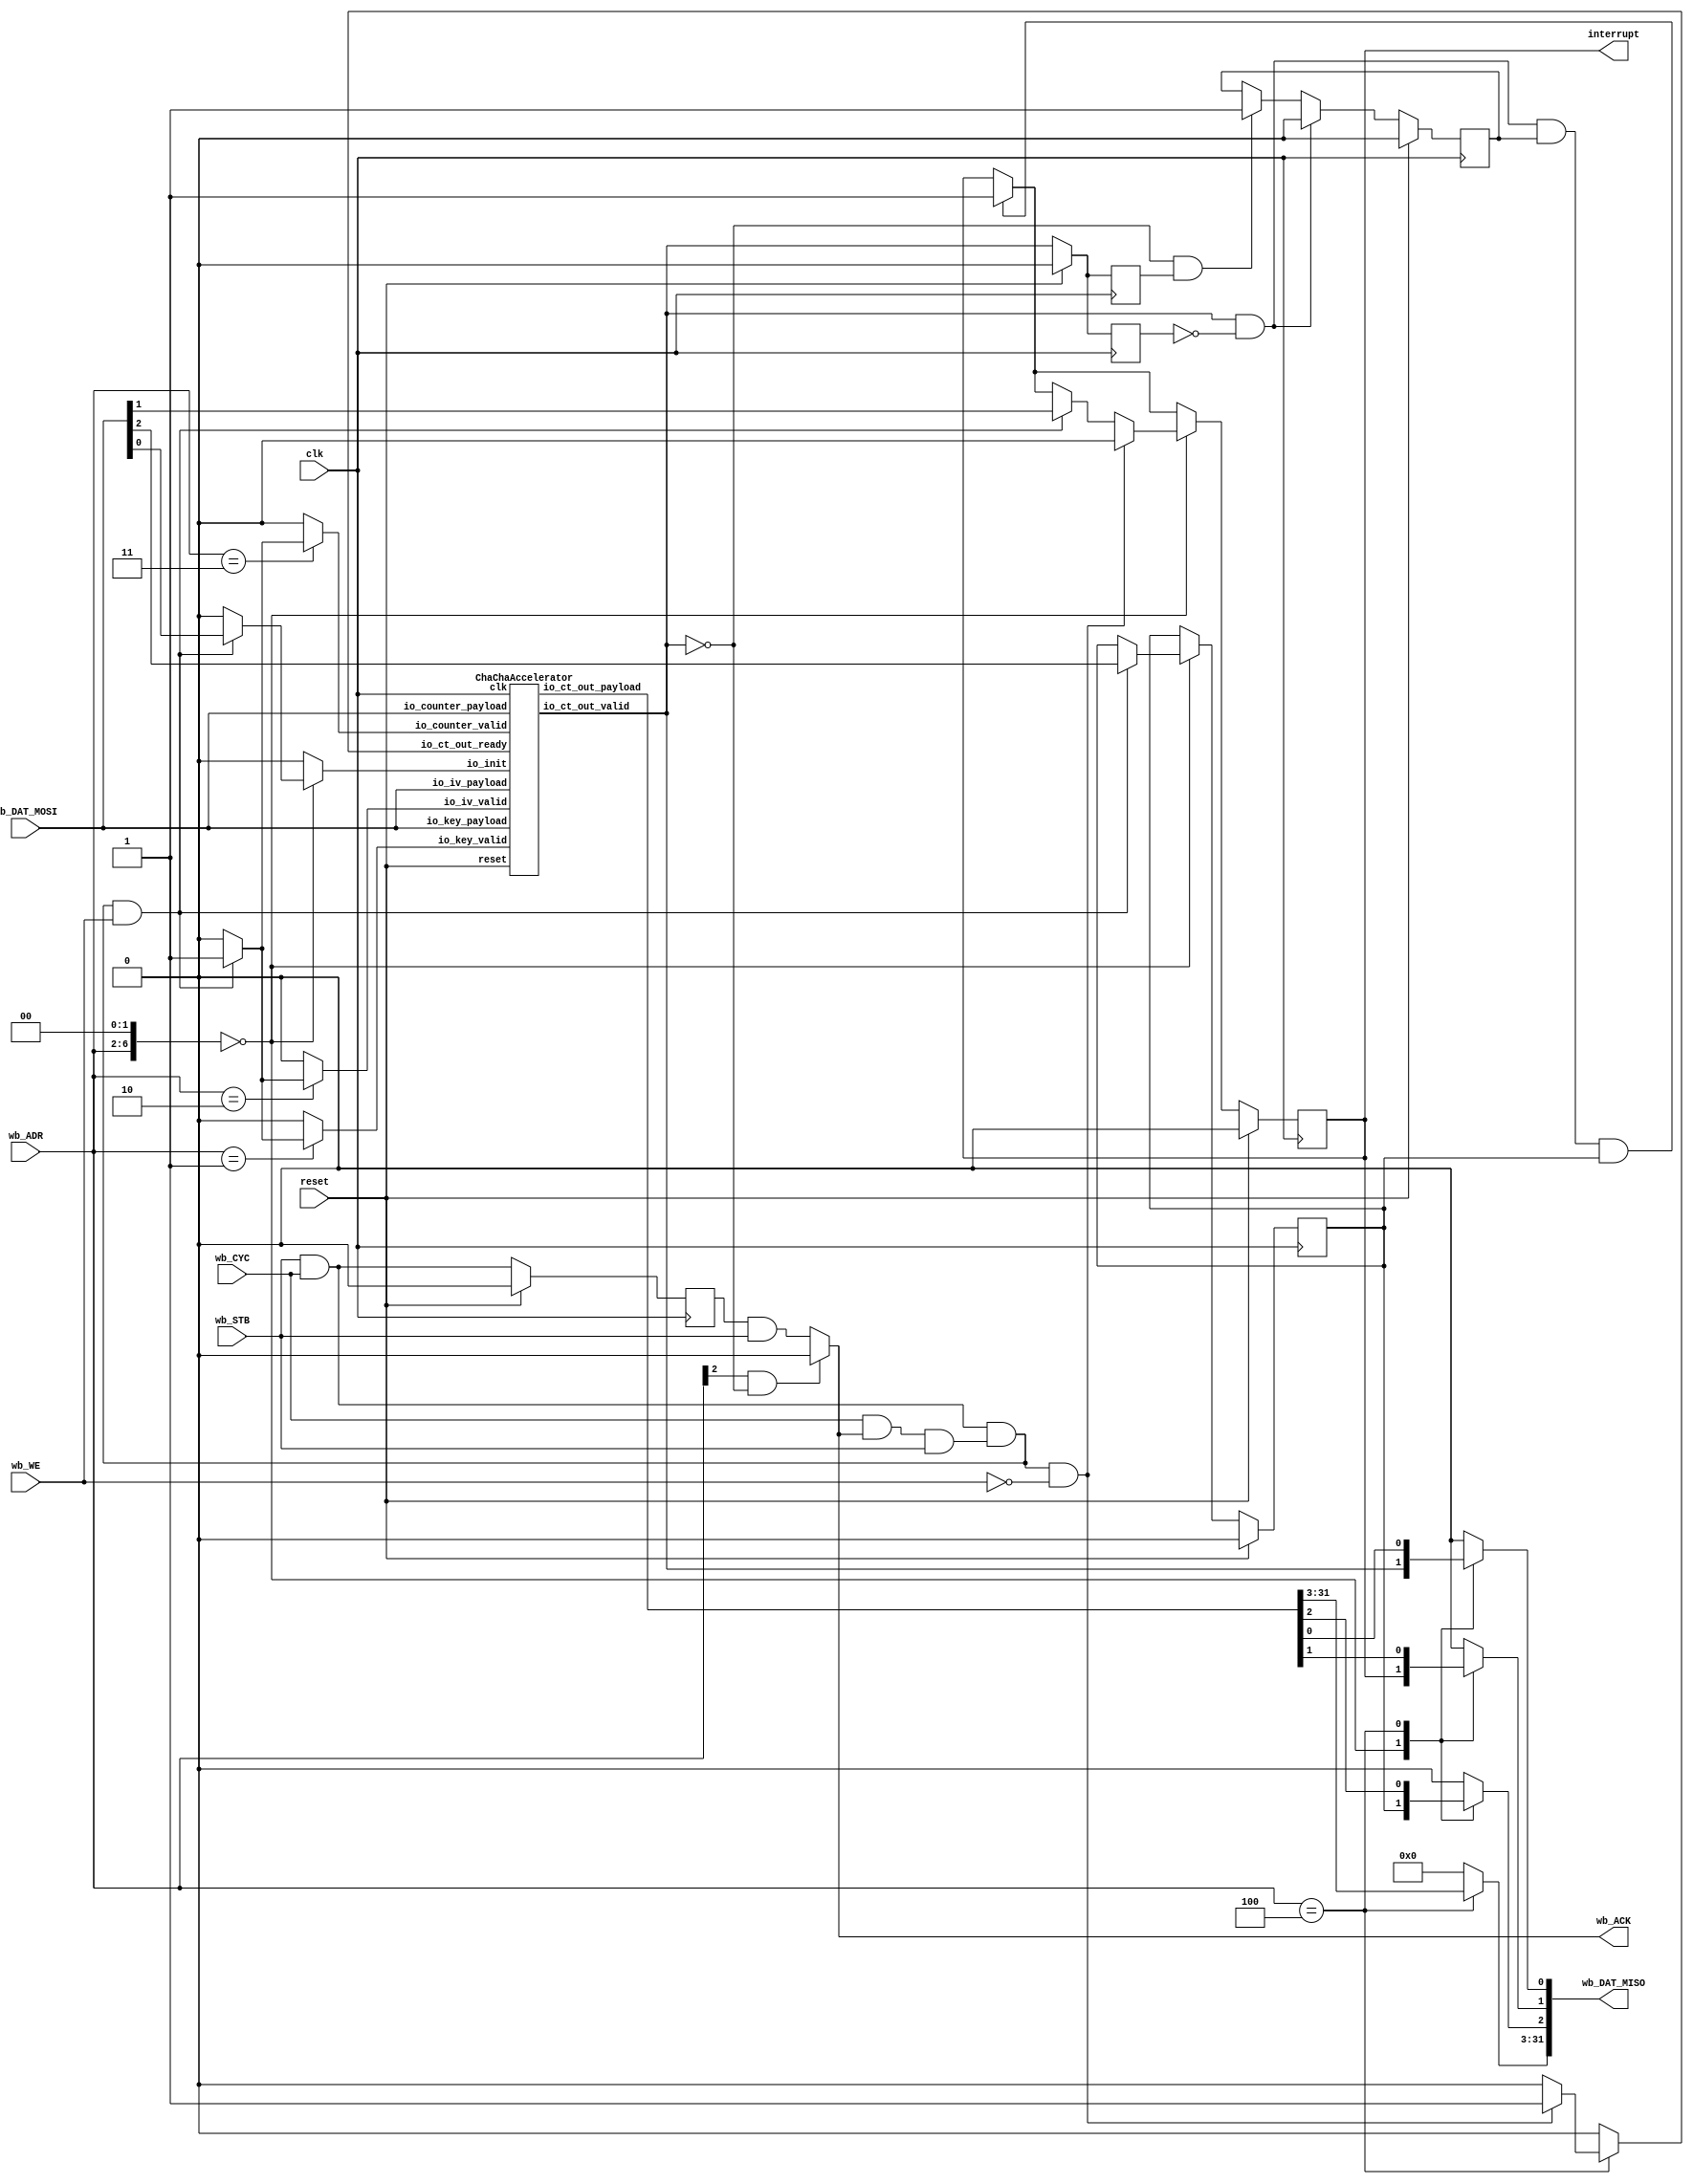
// Generator : SpinalHDL v1.4.3    git head : adf552d8f500e7419fff395b7049228e4bc5de26
// Component : chacha_wb_accel
// Git hash  : c8cf2a7efb61c79d843b5d8ae10155aae0935ec2

`timescale 1ns/1ps 
`define fsm_enumDefinition_binary_sequential_type [2:0]
`define fsm_enumDefinition_binary_sequential_fsm_BOOT 3'b000
`define fsm_enumDefinition_binary_sequential_fsm_CYCLE 3'b001
`define fsm_enumDefinition_binary_sequential_fsm_PERMUTE 3'b010
`define fsm_enumDefinition_binary_sequential_fsm_TOODD 3'b011
`define fsm_enumDefinition_binary_sequential_fsm_TOEVEN 3'b100


module chacha_wb_accel (
  input               wb_CYC,
  input               wb_STB,
  output reg          wb_ACK,
  input               wb_WE,
  input      [4:0]    wb_ADR,
  output reg [31:0]   wb_DAT_MISO,
  input      [31:0]   wb_DAT_MOSI,
  output              interrupt,
  input               clk,
  input               reset
);
  wire       [31:0]   _zz_5;
  wire       [31:0]   _zz_6;
  wire       [31:0]   _zz_7;
  reg                 _zz_8;
  wire                accel_io_ct_out_valid;
  wire       [31:0]   accel_io_ct_out_payload;
  wire       [0:0]    _zz_9;
  wire       [0:0]    _zz_10;
  wire       [0:0]    _zz_11;
  wire                slaveFactory_askWrite;
  wire                slaveFactory_askRead;
  wire                slaveFactory_doWrite;
  wire                slaveFactory_doRead;
  reg                 _zz_1;
  wire       [6:0]    slaveFactory_byteAddress;
  reg                 bridge_interruptEnable;
  reg                 bridge_interruptPending;
  reg                 bridge_busy;
  reg                 accel_io_ct_out_valid_regNext;
  wire                bridge_gettingReady;
  reg                 accel_io_ct_out_valid_regNext_1;
  reg                 _zz_2;
  reg                 _zz_3;
  reg                 _zz_4;
  reg                 bridge_readCT;
  wire                bridge_blockRead;

  assign _zz_9 = wb_DAT_MOSI[0 : 0];
  assign _zz_10 = wb_DAT_MOSI[1 : 1];
  assign _zz_11 = wb_DAT_MOSI[2 : 2];
  ChaChaAccelerator accel (
    .io_key_valid          (_zz_2                          ), //i
    .io_key_payload        (_zz_5[31:0]                    ), //i
    .io_iv_valid           (_zz_3                          ), //i
    .io_iv_payload         (_zz_6[31:0]                    ), //i
    .io_counter_valid      (_zz_4                          ), //i
    .io_counter_payload    (_zz_7[31:0]                    ), //i
    .io_init               (_zz_8                          ), //i
    .io_ct_out_valid       (accel_io_ct_out_valid          ), //o
    .io_ct_out_ready       (bridge_readCT                  ), //i
    .io_ct_out_payload     (accel_io_ct_out_payload[31:0]  ), //o
    .clk                   (clk                            ), //i
    .reset                 (reset                          )  //i
  );
  always @ (*) begin
    wb_DAT_MISO = 32'h0;
    case(slaveFactory_byteAddress)
      7'h0 : begin
        wb_DAT_MISO[0 : 0] = accel_io_ct_out_valid;
        wb_DAT_MISO[1 : 1] = bridge_interruptPending;
        wb_DAT_MISO[2 : 2] = bridge_interruptEnable;
      end
      7'h10 : begin
        wb_DAT_MISO[31 : 0] = accel_io_ct_out_payload;
      end
      default : begin
      end
    endcase
  end

  assign slaveFactory_askWrite = ((wb_CYC && wb_STB) && wb_WE);
  assign slaveFactory_askRead = ((wb_CYC && wb_STB) && (! wb_WE));
  assign slaveFactory_doWrite = (((wb_CYC && wb_STB) && ((wb_CYC && wb_ACK) && wb_STB)) && wb_WE);
  assign slaveFactory_doRead = (((wb_CYC && wb_STB) && ((wb_CYC && wb_ACK) && wb_STB)) && (! wb_WE));
  always @ (*) begin
    wb_ACK = (_zz_1 && wb_STB);
    if(bridge_blockRead)begin
      wb_ACK = 1'b0;
    end
  end

  assign slaveFactory_byteAddress = ({2'd0,wb_ADR} <<< 2);
  assign bridge_gettingReady = (accel_io_ct_out_valid && (! accel_io_ct_out_valid_regNext));
  always @ (*) begin
    _zz_8 = 1'b0;
    case(slaveFactory_byteAddress)
      7'h0 : begin
        if(slaveFactory_doWrite)begin
          _zz_8 = _zz_9[0];
        end
      end
      default : begin
      end
    endcase
  end

  always @ (*) begin
    _zz_2 = 1'b0;
    case(slaveFactory_byteAddress)
      7'h04 : begin
        if(slaveFactory_doWrite)begin
          _zz_2 = 1'b1;
        end
      end
      default : begin
      end
    endcase
  end

  always @ (*) begin
    _zz_3 = 1'b0;
    case(slaveFactory_byteAddress)
      7'h08 : begin
        if(slaveFactory_doWrite)begin
          _zz_3 = 1'b1;
        end
      end
      default : begin
      end
    endcase
  end

  always @ (*) begin
    _zz_4 = 1'b0;
    case(slaveFactory_byteAddress)
      7'h0c : begin
        if(slaveFactory_doWrite)begin
          _zz_4 = 1'b1;
        end
      end
      default : begin
      end
    endcase
  end

  always @ (*) begin
    bridge_readCT = 1'b0;
    case(slaveFactory_byteAddress)
      7'h10 : begin
        if(slaveFactory_doRead)begin
          bridge_readCT = 1'b1;
        end
      end
      default : begin
      end
    endcase
  end

  assign bridge_blockRead = (slaveFactory_byteAddress[4] && (! accel_io_ct_out_valid));
  assign interrupt = bridge_interruptPending;
  assign _zz_5 = wb_DAT_MOSI[31 : 0];
  assign _zz_6 = wb_DAT_MOSI[31 : 0];
  assign _zz_7 = wb_DAT_MOSI[31 : 0];
  always @ (posedge clk) begin
    if(reset) begin
      _zz_1 <= 1'b0;
      bridge_interruptEnable <= 1'b0;
      bridge_interruptPending <= 1'b0;
      bridge_busy <= 1'b0;
      accel_io_ct_out_valid_regNext <= 1'b0;
      accel_io_ct_out_valid_regNext_1 <= 1'b0;
    end else begin
      _zz_1 <= (wb_STB && wb_CYC);
      accel_io_ct_out_valid_regNext <= accel_io_ct_out_valid;
      if(((bridge_gettingReady && bridge_busy) && bridge_interruptEnable))begin
        bridge_interruptPending <= 1'b1;
      end
      accel_io_ct_out_valid_regNext_1 <= accel_io_ct_out_valid;
      if(((! accel_io_ct_out_valid) && accel_io_ct_out_valid_regNext_1))begin
        bridge_busy <= 1'b1;
      end
      if(bridge_gettingReady)begin
        bridge_busy <= 1'b0;
      end
      case(slaveFactory_byteAddress)
        7'h0 : begin
          if(slaveFactory_doWrite)begin
            bridge_interruptPending <= _zz_10[0];
            bridge_interruptEnable <= _zz_11[0];
          end
          if(slaveFactory_doRead)begin
            bridge_interruptPending <= 1'b0;
          end
        end
        default : begin
        end
      endcase
    end
  end


  initial begin
    $dumpfile("chacha_wb_accel.fst");
    $dumpvars(0, chacha_wb_accel);
  end

endmodule

module ChaChaAccelerator (
  input               io_key_valid,
  input      [31:0]   io_key_payload,
  input               io_iv_valid,
  input      [31:0]   io_iv_payload,
  input               io_counter_valid,
  input      [31:0]   io_counter_payload,
  input               io_init,
  output              io_ct_out_valid,
  input               io_ct_out_ready,
  output     [31:0]   io_ct_out_payload,
  input               clk,
  input               reset
);
  reg        [31:0]   _zz_1;
  wire       [31:0]   permutation_io_state_out;
  wire                permutation_io_ready;
  wire                _zz_2;
  wire                _zz_3;
  wire                _zz_4;
  wire       [0:0]    _zz_5;
  wire       [3:0]    _zz_6;
  wire       [0:0]    _zz_7;
  wire       [31:0]   _zz_8;
  wire       [0:0]    _zz_9;
  wire       [31:0]   _zz_10;
  wire       [1:0]    _zz_11;
  wire       [31:0]   consts_0;
  wire       [31:0]   consts_1;
  wire       [31:0]   consts_2;
  wire       [31:0]   consts_3;
  reg        [31:0]   key_0;
  reg        [31:0]   key_1;
  reg        [31:0]   key_2;
  reg        [31:0]   key_3;
  reg        [31:0]   key_4;
  reg        [31:0]   key_5;
  reg        [31:0]   key_6;
  reg        [31:0]   key_7;
  reg                 cycleKey;
  reg        [31:0]   counter;
  reg        [31:0]   iv_0;
  reg        [31:0]   iv_1;
  reg        [31:0]   iv_2;
  reg                 cycleIv;
  reg                 state_counter_willIncrement;
  reg                 state_counter_willClear;
  reg        [3:0]    state_counter_valueNext;
  reg        [3:0]    state_counter_value;
  wire                state_counter_willOverflowIfInc;
  wire                state_counter_willOverflow;
  reg                 initRunning;
  reg                 willStart;
  wire                cycle;
  reg        [31:0]   perm_state_in;
  wire       [31:0]   perm_state_out;

  assign _zz_2 = (state_counter_value < 4'b0100);
  assign _zz_3 = (state_counter_value < 4'b1100);
  assign _zz_4 = (state_counter_value == 4'b1100);
  assign _zz_5 = state_counter_willIncrement;
  assign _zz_6 = {3'd0, _zz_5};
  assign _zz_7 = (state_counter_value == 4'b1100);
  assign _zz_8 = {31'd0, _zz_7};
  assign _zz_9 = state_counter_willIncrement;
  assign _zz_10 = {31'd0, _zz_9};
  assign _zz_11 = state_counter_value[1 : 0];
  ChaChaRegBasedPermutation permutation (
    .io_state_in     (perm_state_in[31:0]             ), //i
    .io_state_out    (permutation_io_state_out[31:0]  ), //o
    .io_cycle        (cycle                           ), //i
    .io_start        (willStart                       ), //i
    .io_ready        (permutation_io_ready            ), //o
    .clk             (clk                             ), //i
    .reset           (reset                           )  //i
  );
  always @(*) begin
    case(_zz_11)
      2'b00 : begin
        _zz_1 = consts_0;
      end
      2'b01 : begin
        _zz_1 = consts_1;
      end
      2'b10 : begin
        _zz_1 = consts_2;
      end
      default : begin
        _zz_1 = consts_3;
      end
    endcase
  end

  assign consts_0 = 32'h61707865;
  assign consts_1 = 32'h3320646e;
  assign consts_2 = 32'h79622d32;
  assign consts_3 = 32'h6b206574;
  always @ (*) begin
    cycleKey = io_key_valid;
    if(! _zz_2) begin
      if(_zz_3)begin
        cycleKey = state_counter_willIncrement;
      end
    end
  end

  always @ (*) begin
    cycleIv = io_iv_valid;
    if(! _zz_2) begin
      if(! _zz_3) begin
        if(! _zz_4) begin
          cycleIv = state_counter_willIncrement;
        end
      end
    end
  end

  always @ (*) begin
    state_counter_willIncrement = 1'b0;
    state_counter_willIncrement = ((io_ct_out_valid && io_ct_out_ready) || initRunning);
  end

  always @ (*) begin
    state_counter_willClear = 1'b0;
    if(io_init)begin
      state_counter_willClear = 1'b1;
    end
  end

  assign state_counter_willOverflowIfInc = (state_counter_value == 4'b1111);
  assign state_counter_willOverflow = (state_counter_willOverflowIfInc && state_counter_willIncrement);
  always @ (*) begin
    state_counter_valueNext = (state_counter_value + _zz_6);
    if(state_counter_willClear)begin
      state_counter_valueNext = 4'b0000;
    end
  end

  assign cycle = state_counter_willIncrement;
  assign perm_state_out = (permutation_io_state_out - _zz_8);
  assign io_ct_out_payload = (perm_state_in + perm_state_out);
  always @ (*) begin
    if(_zz_2)begin
      perm_state_in = _zz_1;
    end else begin
      if(_zz_3)begin
        perm_state_in = key_0;
      end else begin
        if(_zz_4)begin
          perm_state_in = counter;
        end else begin
          perm_state_in = iv_0;
        end
      end
    end
  end

  assign io_ct_out_valid = ((permutation_io_ready && (! initRunning)) && (! willStart));
  always @ (posedge clk) begin
    if(reset) begin
      key_0 <= 32'h0;
      key_1 <= 32'h0;
      key_2 <= 32'h0;
      key_3 <= 32'h0;
      key_4 <= 32'h0;
      key_5 <= 32'h0;
      key_6 <= 32'h0;
      key_7 <= 32'h0;
      counter <= 32'h0;
      iv_0 <= 32'h0;
      iv_1 <= 32'h0;
      iv_2 <= 32'h0;
      state_counter_value <= 4'b0000;
      initRunning <= 1'b0;
      willStart <= 1'b0;
    end else begin
      if(cycleKey)begin
        key_0 <= key_1;
        key_1 <= key_2;
        key_2 <= key_3;
        key_3 <= key_4;
        key_4 <= key_5;
        key_5 <= key_6;
        key_6 <= key_7;
        key_7 <= (io_key_valid ? io_key_payload : key_0);
      end
      if(io_counter_valid)begin
        counter <= io_counter_payload;
      end
      if(cycleIv)begin
        iv_0 <= iv_1;
        iv_1 <= iv_2;
        iv_2 <= (io_iv_valid ? io_iv_payload : iv_0);
      end
      state_counter_value <= state_counter_valueNext;
      if(permutation_io_ready)begin
        willStart <= 1'b0;
      end
      if(state_counter_willOverflow)begin
        willStart <= 1'b1;
      end
      if(io_init)begin
        initRunning <= 1'b1;
      end
      if(state_counter_willOverflow)begin
        initRunning <= 1'b0;
      end
      if(! _zz_2) begin
        if(! _zz_3) begin
          if(_zz_4)begin
            counter <= (counter + _zz_10);
          end
        end
      end
    end
  end


endmodule

module ChaChaRegBasedPermutation (
  input      [31:0]   io_state_in,
  output     [31:0]   io_state_out,
  input               io_cycle,
  input               io_start,
  output reg          io_ready,
  input               clk,
  input               reset
);
  wire       [0:0]    _zz_3;
  wire       [8:0]    _zz_4;
  reg        [31:0]   state_0;
  reg        [31:0]   state_1;
  reg        [31:0]   state_2;
  reg        [31:0]   state_3;
  reg        [31:0]   state_4;
  reg        [31:0]   state_5;
  reg        [31:0]   state_6;
  reg        [31:0]   state_7;
  reg        [31:0]   state_8;
  reg        [31:0]   state_9;
  reg        [31:0]   state_10;
  reg        [31:0]   state_11;
  reg        [31:0]   state_12;
  reg        [31:0]   state_13;
  reg        [31:0]   state_14;
  reg        [31:0]   state_15;
  reg        [31:0]   nextState_0;
  reg        [31:0]   nextState_1;
  reg        [31:0]   nextState_2;
  reg        [31:0]   nextState_3;
  reg        [31:0]   nextState_4;
  reg        [31:0]   nextState_5;
  reg        [31:0]   nextState_6;
  reg        [31:0]   nextState_7;
  reg        [31:0]   nextState_8;
  reg        [31:0]   nextState_9;
  reg        [31:0]   nextState_10;
  reg        [31:0]   nextState_11;
  reg        [31:0]   nextState_12;
  reg        [31:0]   nextState_13;
  reg        [31:0]   nextState_14;
  reg        [31:0]   nextState_15;
  reg                 counter_willIncrement;
  wire                counter_willClear;
  reg        [8:0]    counter_valueNext;
  reg        [8:0]    counter_value;
  wire                counter_willOverflowIfInc;
  wire                counter_willOverflow;
  wire       [31:0]   permutation_a;
  wire       [31:0]   permutation_b;
  wire       [31:0]   permutation_c;
  wire       [31:0]   permutation_d;
  wire       [1:0]    permutation_rot;
  wire       [31:0]   permutation_na;
  wire       [31:0]   permutation_nb;
  wire       [31:0]   permutation_nc;
  wire       [31:0]   permutation_nd;
  wire       [31:0]   _zz_1;
  reg        [31:0]   _zz_2;
  wire       [4:0]    round;
  wire                odd;
  wire       [3:0]    permuteCnt;
  wire       [3:0]    lastPermute;
  wire                fsm_wantExit;
  reg                 fsm_wantStart;
  reg        `fsm_enumDefinition_binary_sequential_type fsm_stateReg;
  reg        `fsm_enumDefinition_binary_sequential_type fsm_stateNext;
  `ifndef SYNTHESIS
  reg [87:0] fsm_stateReg_string;
  reg [87:0] fsm_stateNext_string;
  `endif


  assign _zz_3 = counter_willIncrement;
  assign _zz_4 = {8'd0, _zz_3};
  `ifndef SYNTHESIS
  always @(*) begin
    case(fsm_stateReg)
      `fsm_enumDefinition_binary_sequential_fsm_BOOT : fsm_stateReg_string = "fsm_BOOT   ";
      `fsm_enumDefinition_binary_sequential_fsm_CYCLE : fsm_stateReg_string = "fsm_CYCLE  ";
      `fsm_enumDefinition_binary_sequential_fsm_PERMUTE : fsm_stateReg_string = "fsm_PERMUTE";
      `fsm_enumDefinition_binary_sequential_fsm_TOODD : fsm_stateReg_string = "fsm_TOODD  ";
      `fsm_enumDefinition_binary_sequential_fsm_TOEVEN : fsm_stateReg_string = "fsm_TOEVEN ";
      default : fsm_stateReg_string = "???????????";
    endcase
  end
  always @(*) begin
    case(fsm_stateNext)
      `fsm_enumDefinition_binary_sequential_fsm_BOOT : fsm_stateNext_string = "fsm_BOOT   ";
      `fsm_enumDefinition_binary_sequential_fsm_CYCLE : fsm_stateNext_string = "fsm_CYCLE  ";
      `fsm_enumDefinition_binary_sequential_fsm_PERMUTE : fsm_stateNext_string = "fsm_PERMUTE";
      `fsm_enumDefinition_binary_sequential_fsm_TOODD : fsm_stateNext_string = "fsm_TOODD  ";
      `fsm_enumDefinition_binary_sequential_fsm_TOEVEN : fsm_stateNext_string = "fsm_TOEVEN ";
      default : fsm_stateNext_string = "???????????";
    endcase
  end
  `endif

  always @ (*) begin
    nextState_0 = state_0;
    case(fsm_stateReg)
      `fsm_enumDefinition_binary_sequential_fsm_CYCLE : begin
        if(io_cycle)begin
          nextState_0 = state_1;
        end
      end
      `fsm_enumDefinition_binary_sequential_fsm_PERMUTE : begin
        nextState_0 = state_1;
      end
      `fsm_enumDefinition_binary_sequential_fsm_TOODD : begin
      end
      `fsm_enumDefinition_binary_sequential_fsm_TOEVEN : begin
      end
      default : begin
      end
    endcase
  end

  always @ (*) begin
    nextState_1 = state_1;
    case(fsm_stateReg)
      `fsm_enumDefinition_binary_sequential_fsm_CYCLE : begin
        if(io_cycle)begin
          nextState_1 = state_2;
        end
      end
      `fsm_enumDefinition_binary_sequential_fsm_PERMUTE : begin
        nextState_1 = state_2;
      end
      `fsm_enumDefinition_binary_sequential_fsm_TOODD : begin
      end
      `fsm_enumDefinition_binary_sequential_fsm_TOEVEN : begin
      end
      default : begin
      end
    endcase
  end

  always @ (*) begin
    nextState_2 = state_2;
    case(fsm_stateReg)
      `fsm_enumDefinition_binary_sequential_fsm_CYCLE : begin
        if(io_cycle)begin
          nextState_2 = state_3;
        end
      end
      `fsm_enumDefinition_binary_sequential_fsm_PERMUTE : begin
        nextState_2 = state_3;
      end
      `fsm_enumDefinition_binary_sequential_fsm_TOODD : begin
      end
      `fsm_enumDefinition_binary_sequential_fsm_TOEVEN : begin
      end
      default : begin
      end
    endcase
  end

  always @ (*) begin
    nextState_3 = state_3;
    case(fsm_stateReg)
      `fsm_enumDefinition_binary_sequential_fsm_CYCLE : begin
        if(io_cycle)begin
          nextState_3 = state_4;
        end
      end
      `fsm_enumDefinition_binary_sequential_fsm_PERMUTE : begin
        nextState_3 = permutation_na;
      end
      `fsm_enumDefinition_binary_sequential_fsm_TOODD : begin
      end
      `fsm_enumDefinition_binary_sequential_fsm_TOEVEN : begin
      end
      default : begin
      end
    endcase
  end

  always @ (*) begin
    nextState_4 = state_4;
    case(fsm_stateReg)
      `fsm_enumDefinition_binary_sequential_fsm_CYCLE : begin
        if(io_cycle)begin
          nextState_4 = state_5;
        end
      end
      `fsm_enumDefinition_binary_sequential_fsm_PERMUTE : begin
        nextState_4 = state_5;
      end
      `fsm_enumDefinition_binary_sequential_fsm_TOODD : begin
        nextState_4 = state_5;
      end
      `fsm_enumDefinition_binary_sequential_fsm_TOEVEN : begin
        nextState_4 = state_7;
      end
      default : begin
      end
    endcase
  end

  always @ (*) begin
    nextState_5 = state_5;
    case(fsm_stateReg)
      `fsm_enumDefinition_binary_sequential_fsm_CYCLE : begin
        if(io_cycle)begin
          nextState_5 = state_6;
        end
      end
      `fsm_enumDefinition_binary_sequential_fsm_PERMUTE : begin
        nextState_5 = state_6;
      end
      `fsm_enumDefinition_binary_sequential_fsm_TOODD : begin
        nextState_5 = state_6;
      end
      `fsm_enumDefinition_binary_sequential_fsm_TOEVEN : begin
        nextState_5 = state_4;
      end
      default : begin
      end
    endcase
  end

  always @ (*) begin
    nextState_6 = state_6;
    case(fsm_stateReg)
      `fsm_enumDefinition_binary_sequential_fsm_CYCLE : begin
        if(io_cycle)begin
          nextState_6 = state_7;
        end
      end
      `fsm_enumDefinition_binary_sequential_fsm_PERMUTE : begin
        nextState_6 = state_7;
      end
      `fsm_enumDefinition_binary_sequential_fsm_TOODD : begin
        nextState_6 = state_7;
      end
      `fsm_enumDefinition_binary_sequential_fsm_TOEVEN : begin
        nextState_6 = state_5;
      end
      default : begin
      end
    endcase
  end

  always @ (*) begin
    nextState_7 = state_7;
    case(fsm_stateReg)
      `fsm_enumDefinition_binary_sequential_fsm_CYCLE : begin
        if(io_cycle)begin
          nextState_7 = state_8;
        end
      end
      `fsm_enumDefinition_binary_sequential_fsm_PERMUTE : begin
        nextState_7 = permutation_nb;
      end
      `fsm_enumDefinition_binary_sequential_fsm_TOODD : begin
        nextState_7 = state_4;
      end
      `fsm_enumDefinition_binary_sequential_fsm_TOEVEN : begin
        nextState_7 = state_6;
      end
      default : begin
      end
    endcase
  end

  always @ (*) begin
    nextState_8 = state_8;
    case(fsm_stateReg)
      `fsm_enumDefinition_binary_sequential_fsm_CYCLE : begin
        if(io_cycle)begin
          nextState_8 = state_9;
        end
      end
      `fsm_enumDefinition_binary_sequential_fsm_PERMUTE : begin
        nextState_8 = state_9;
      end
      `fsm_enumDefinition_binary_sequential_fsm_TOODD : begin
        nextState_8 = state_10;
      end
      `fsm_enumDefinition_binary_sequential_fsm_TOEVEN : begin
        nextState_8 = state_10;
      end
      default : begin
      end
    endcase
  end

  always @ (*) begin
    nextState_9 = state_9;
    case(fsm_stateReg)
      `fsm_enumDefinition_binary_sequential_fsm_CYCLE : begin
        if(io_cycle)begin
          nextState_9 = state_10;
        end
      end
      `fsm_enumDefinition_binary_sequential_fsm_PERMUTE : begin
        nextState_9 = state_10;
      end
      `fsm_enumDefinition_binary_sequential_fsm_TOODD : begin
        nextState_9 = state_11;
      end
      `fsm_enumDefinition_binary_sequential_fsm_TOEVEN : begin
        nextState_9 = state_11;
      end
      default : begin
      end
    endcase
  end

  always @ (*) begin
    nextState_10 = state_10;
    case(fsm_stateReg)
      `fsm_enumDefinition_binary_sequential_fsm_CYCLE : begin
        if(io_cycle)begin
          nextState_10 = state_11;
        end
      end
      `fsm_enumDefinition_binary_sequential_fsm_PERMUTE : begin
        nextState_10 = state_11;
      end
      `fsm_enumDefinition_binary_sequential_fsm_TOODD : begin
        nextState_10 = state_8;
      end
      `fsm_enumDefinition_binary_sequential_fsm_TOEVEN : begin
        nextState_10 = state_8;
      end
      default : begin
      end
    endcase
  end

  always @ (*) begin
    nextState_11 = state_11;
    case(fsm_stateReg)
      `fsm_enumDefinition_binary_sequential_fsm_CYCLE : begin
        if(io_cycle)begin
          nextState_11 = state_12;
        end
      end
      `fsm_enumDefinition_binary_sequential_fsm_PERMUTE : begin
        nextState_11 = permutation_nc;
      end
      `fsm_enumDefinition_binary_sequential_fsm_TOODD : begin
        nextState_11 = state_9;
      end
      `fsm_enumDefinition_binary_sequential_fsm_TOEVEN : begin
        nextState_11 = state_9;
      end
      default : begin
      end
    endcase
  end

  always @ (*) begin
    nextState_12 = state_12;
    case(fsm_stateReg)
      `fsm_enumDefinition_binary_sequential_fsm_CYCLE : begin
        if(io_cycle)begin
          nextState_12 = state_13;
        end
      end
      `fsm_enumDefinition_binary_sequential_fsm_PERMUTE : begin
        nextState_12 = state_13;
      end
      `fsm_enumDefinition_binary_sequential_fsm_TOODD : begin
        nextState_12 = state_15;
      end
      `fsm_enumDefinition_binary_sequential_fsm_TOEVEN : begin
        nextState_12 = state_13;
      end
      default : begin
      end
    endcase
  end

  always @ (*) begin
    nextState_13 = state_13;
    case(fsm_stateReg)
      `fsm_enumDefinition_binary_sequential_fsm_CYCLE : begin
        if(io_cycle)begin
          nextState_13 = state_14;
        end
      end
      `fsm_enumDefinition_binary_sequential_fsm_PERMUTE : begin
        nextState_13 = state_14;
      end
      `fsm_enumDefinition_binary_sequential_fsm_TOODD : begin
        nextState_13 = state_12;
      end
      `fsm_enumDefinition_binary_sequential_fsm_TOEVEN : begin
        nextState_13 = state_14;
      end
      default : begin
      end
    endcase
  end

  always @ (*) begin
    nextState_14 = state_14;
    case(fsm_stateReg)
      `fsm_enumDefinition_binary_sequential_fsm_CYCLE : begin
        if(io_cycle)begin
          nextState_14 = state_15;
        end
      end
      `fsm_enumDefinition_binary_sequential_fsm_PERMUTE : begin
        nextState_14 = state_15;
      end
      `fsm_enumDefinition_binary_sequential_fsm_TOODD : begin
        nextState_14 = state_13;
      end
      `fsm_enumDefinition_binary_sequential_fsm_TOEVEN : begin
        nextState_14 = state_15;
      end
      default : begin
      end
    endcase
  end

  always @ (*) begin
    nextState_15 = state_15;
    case(fsm_stateReg)
      `fsm_enumDefinition_binary_sequential_fsm_CYCLE : begin
        if(io_cycle)begin
          nextState_15 = io_state_in;
        end
      end
      `fsm_enumDefinition_binary_sequential_fsm_PERMUTE : begin
        nextState_15 = permutation_nd;
      end
      `fsm_enumDefinition_binary_sequential_fsm_TOODD : begin
        nextState_15 = state_14;
      end
      `fsm_enumDefinition_binary_sequential_fsm_TOEVEN : begin
        nextState_15 = state_12;
      end
      default : begin
      end
    endcase
  end

  always @ (*) begin
    counter_willIncrement = 1'b0;
    case(fsm_stateReg)
      `fsm_enumDefinition_binary_sequential_fsm_CYCLE : begin
      end
      `fsm_enumDefinition_binary_sequential_fsm_PERMUTE : begin
        counter_willIncrement = 1'b1;
      end
      `fsm_enumDefinition_binary_sequential_fsm_TOODD : begin
      end
      `fsm_enumDefinition_binary_sequential_fsm_TOEVEN : begin
      end
      default : begin
      end
    endcase
  end

  assign counter_willClear = 1'b0;
  assign counter_willOverflowIfInc = (counter_value == 9'h13f);
  assign counter_willOverflow = (counter_willOverflowIfInc && counter_willIncrement);
  always @ (*) begin
    if(counter_willOverflow)begin
      counter_valueNext = 9'h0;
    end else begin
      counter_valueNext = (counter_value + _zz_4);
    end
    if(counter_willClear)begin
      counter_valueNext = 9'h0;
    end
  end

  assign permutation_nc = (permutation_a + permutation_b);
  assign permutation_nd = permutation_b;
  assign permutation_na = permutation_c;
  assign _zz_1 = (permutation_nc ^ permutation_d);
  always @ (*) begin
    case(permutation_rot)
      2'b00 : begin
        _zz_2 = {_zz_1[15 : 0],_zz_1[31 : 16]};
      end
      2'b01 : begin
        _zz_2 = {_zz_1[19 : 0],_zz_1[31 : 20]};
      end
      2'b10 : begin
        _zz_2 = {_zz_1[23 : 0],_zz_1[31 : 24]};
      end
      default : begin
        _zz_2 = {_zz_1[24 : 0],_zz_1[31 : 25]};
      end
    endcase
  end

  assign permutation_nb = _zz_2;
  assign permutation_a = state_0;
  assign permutation_b = state_4;
  assign permutation_c = state_8;
  assign permutation_d = state_12;
  assign permutation_rot = counter_value[3 : 2];
  assign round = counter_value[8 : 4];
  assign odd = round[0];
  assign permuteCnt = counter_value[3 : 0];
  assign lastPermute = 4'b1111;
  assign io_state_out = state_0;
  always @ (*) begin
    io_ready = 1'b0;
    case(fsm_stateReg)
      `fsm_enumDefinition_binary_sequential_fsm_CYCLE : begin
        io_ready = 1'b1;
      end
      `fsm_enumDefinition_binary_sequential_fsm_PERMUTE : begin
      end
      `fsm_enumDefinition_binary_sequential_fsm_TOODD : begin
      end
      `fsm_enumDefinition_binary_sequential_fsm_TOEVEN : begin
      end
      default : begin
      end
    endcase
  end

  assign fsm_wantExit = 1'b0;
  always @ (*) begin
    fsm_wantStart = 1'b0;
    case(fsm_stateReg)
      `fsm_enumDefinition_binary_sequential_fsm_CYCLE : begin
      end
      `fsm_enumDefinition_binary_sequential_fsm_PERMUTE : begin
      end
      `fsm_enumDefinition_binary_sequential_fsm_TOODD : begin
      end
      `fsm_enumDefinition_binary_sequential_fsm_TOEVEN : begin
      end
      default : begin
        fsm_wantStart = 1'b1;
      end
    endcase
  end

  always @ (*) begin
    fsm_stateNext = fsm_stateReg;
    case(fsm_stateReg)
      `fsm_enumDefinition_binary_sequential_fsm_CYCLE : begin
        if(io_start)begin
          fsm_stateNext = `fsm_enumDefinition_binary_sequential_fsm_PERMUTE;
        end
      end
      `fsm_enumDefinition_binary_sequential_fsm_PERMUTE : begin
        if((permuteCnt == lastPermute))begin
          if(odd)begin
            fsm_stateNext = `fsm_enumDefinition_binary_sequential_fsm_TOEVEN;
          end else begin
            fsm_stateNext = `fsm_enumDefinition_binary_sequential_fsm_TOODD;
          end
        end
      end
      `fsm_enumDefinition_binary_sequential_fsm_TOODD : begin
        fsm_stateNext = `fsm_enumDefinition_binary_sequential_fsm_PERMUTE;
      end
      `fsm_enumDefinition_binary_sequential_fsm_TOEVEN : begin
        if((counter_value == 9'h0))begin
          fsm_stateNext = `fsm_enumDefinition_binary_sequential_fsm_CYCLE;
        end else begin
          fsm_stateNext = `fsm_enumDefinition_binary_sequential_fsm_PERMUTE;
        end
      end
      default : begin
      end
    endcase
    if(fsm_wantStart)begin
      fsm_stateNext = `fsm_enumDefinition_binary_sequential_fsm_CYCLE;
    end
  end

  always @ (posedge clk) begin
    if(reset) begin
      state_0 <= 32'h0;
      state_1 <= 32'h0;
      state_2 <= 32'h0;
      state_3 <= 32'h0;
      state_4 <= 32'h0;
      state_5 <= 32'h0;
      state_6 <= 32'h0;
      state_7 <= 32'h0;
      state_8 <= 32'h0;
      state_9 <= 32'h0;
      state_10 <= 32'h0;
      state_11 <= 32'h0;
      state_12 <= 32'h0;
      state_13 <= 32'h0;
      state_14 <= 32'h0;
      state_15 <= 32'h0;
      counter_value <= 9'h0;
      fsm_stateReg <= `fsm_enumDefinition_binary_sequential_fsm_BOOT;
    end else begin
      state_0 <= nextState_0;
      state_1 <= nextState_1;
      state_2 <= nextState_2;
      state_3 <= nextState_3;
      state_4 <= nextState_4;
      state_5 <= nextState_5;
      state_6 <= nextState_6;
      state_7 <= nextState_7;
      state_8 <= nextState_8;
      state_9 <= nextState_9;
      state_10 <= nextState_10;
      state_11 <= nextState_11;
      state_12 <= nextState_12;
      state_13 <= nextState_13;
      state_14 <= nextState_14;
      state_15 <= nextState_15;
      counter_value <= counter_valueNext;
      fsm_stateReg <= fsm_stateNext;
    end
  end


endmodule